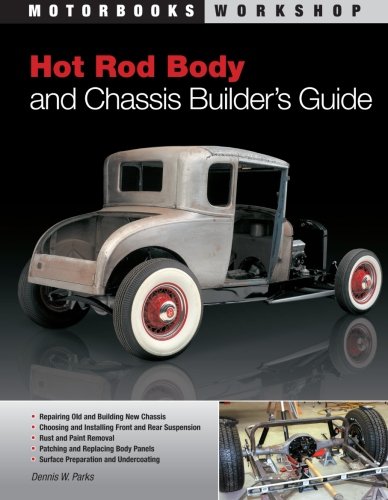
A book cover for Hot Rod Body and Chassis Builder's Guide (Motorbooks Workshop); Dennis W. Parks; Engineering & Transportation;